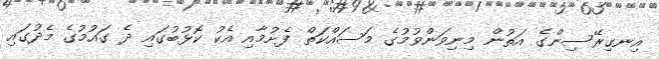
އިނގިރޭސިންގެ އަތުން މިނިވަންވުމުގެ މަސައްކަތް ފެށުމާއި އެކު ކޮޅުބުގައި ދެ ގައުމުގެ މެދުގައި